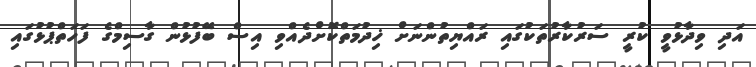
އަދި ވިދާޅުވީ ކުރީ ސަރުކާރުތަކުގައި ރައްޔިތުންނަށް ޚިދުމަތްކޮށްދެއްވި އިސް ބޭފުޅުން ގާސިމްގެ ފަހަތްޕުޅުގައި